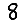
Digit: 8